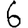
Digit: 6